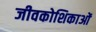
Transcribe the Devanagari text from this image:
जीवकोशिकाओं